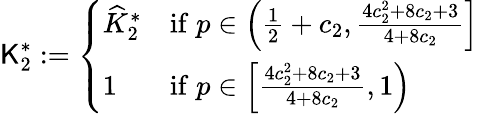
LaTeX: \mathsf{K}_{2}^{*}:=\left\{ \begin{array}{ll}{\widehat{K}_{2}^{*}}&{\mathrm{if}\; p\in\left(\frac{1}{2}+c_{2},\frac{4c_{2}^{2}+8c_{2}+3}{4+8c_{2}}\right]}\\ {1}&{\mathrm{if}\; p\in\left[\frac{4c_{2}^{2}+8c_{2}+3}{4+8c_{2}},1\right)}\end{array}\right.